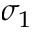
\sigma _ { 1 }